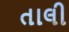
તાલી